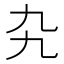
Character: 𠃙